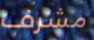
مشرف